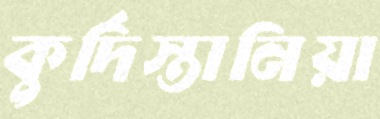
কুর্দিস্তানিয়া